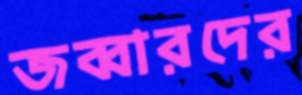
জব্বারদের